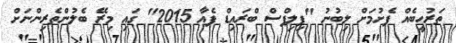
ތަރުހީބެއް ފެށުމަށް ލިބުނު "ފިލިޕްސް ބްރައިޑް ފެއާ 2015" ގައި މިރޭ ބެލުންތެރިންނަށް